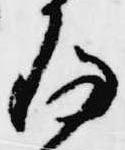
存